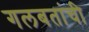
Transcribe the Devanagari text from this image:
गलबतांची